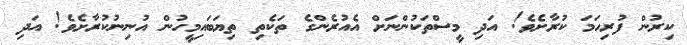
ކިރުން ފުރިހަމަ ކުރާށެވެ! އަދި މީސްތަކުންނަށް އެއުރެންގެ ތަކެތި ތިޔަބައިމީހުން އުނިނުކުރާށެވެ! އަދި